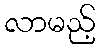
လာမည့်